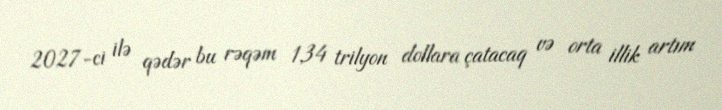
2027-ci ilə qədər bu rəqəm 1,34 trilyon dollara çatacaq və orta illik artım